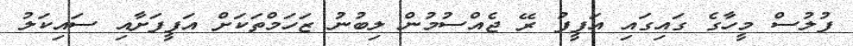
ފުލުސް މީހާގެ ގައިގައި އަފީފު ރޭ ޖެއްސުމުން ލިބުނު ޒަހަމްތަކަށް އަފީފަށާއި ސައިކަލު